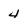
Character: 4